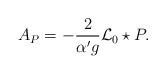
LaTeX: \begin{align*}A_{P}=-\frac{2}{{\alpha ^{\prime }}g}{\mathcal{L}_{0}}\star P.\end{align*}